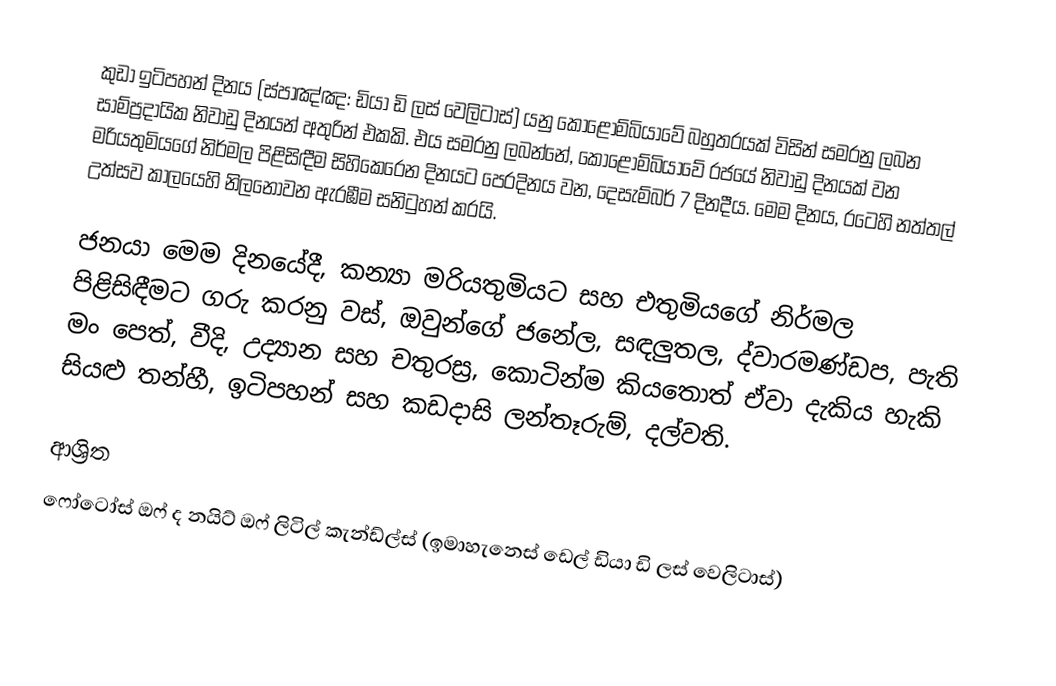
කුඩා ඉටිපහන් දිනය (ස්පාඤ්ඤ: ඩියා ඩි ලස් වෙලිටාස්) යනු  කොළොම්බියාවේ බහුතරයක් විසින් සමරනු ලබන සාම්ප්‍රදායික නිවාඩු දිනයන් අතුරින් එකකි. එය සමරනු ලබන්නේ,  කොළොම්බියාවේ රජයේ නිවාඩු දිනයක් වන මරියතුමියගේ නිර්මල පිළිසිඳීම සිහිකෙරෙන දිනයට පෙරදිනය වන, දෙසැම්බර් 7 දිනදීය. මෙම දිනය, රටෙහි  නත්තල් උත්සව කාලයෙහි නිලනොවන ඇරඹීම සනිටුහන් කරයි.

ජනයා මෙම දිනයේදී, කන්‍යා මරියතුමියට සහ එතුමියගේ  නිර්මල පිළිසිඳීමට ගරු කරනු වස්,  ඔවුන්ගේ ජනේල, සඳලුතල, ද්වාරමණ්ඩප, පැති මං පෙත්, වීදි, උද්‍යාන සහ චතුරස්‍ර, කොටින්ම කියතොත් ඒවා දැකිය හැකි සියළු තන්හී,  ඉටිපහන් සහ කඩදාසි ලන්තෑරුම්,  දල්වති.

ආශ්‍රිත
ෆෝටෝස් ඔෆ් ද නයිට් ඔෆ් ලිටිල් කැන්ඩ්ල්ස් (ඉමාහැනෙස් ඩෙල් ඩියා ඩි ලස් වෙලිටාස්)